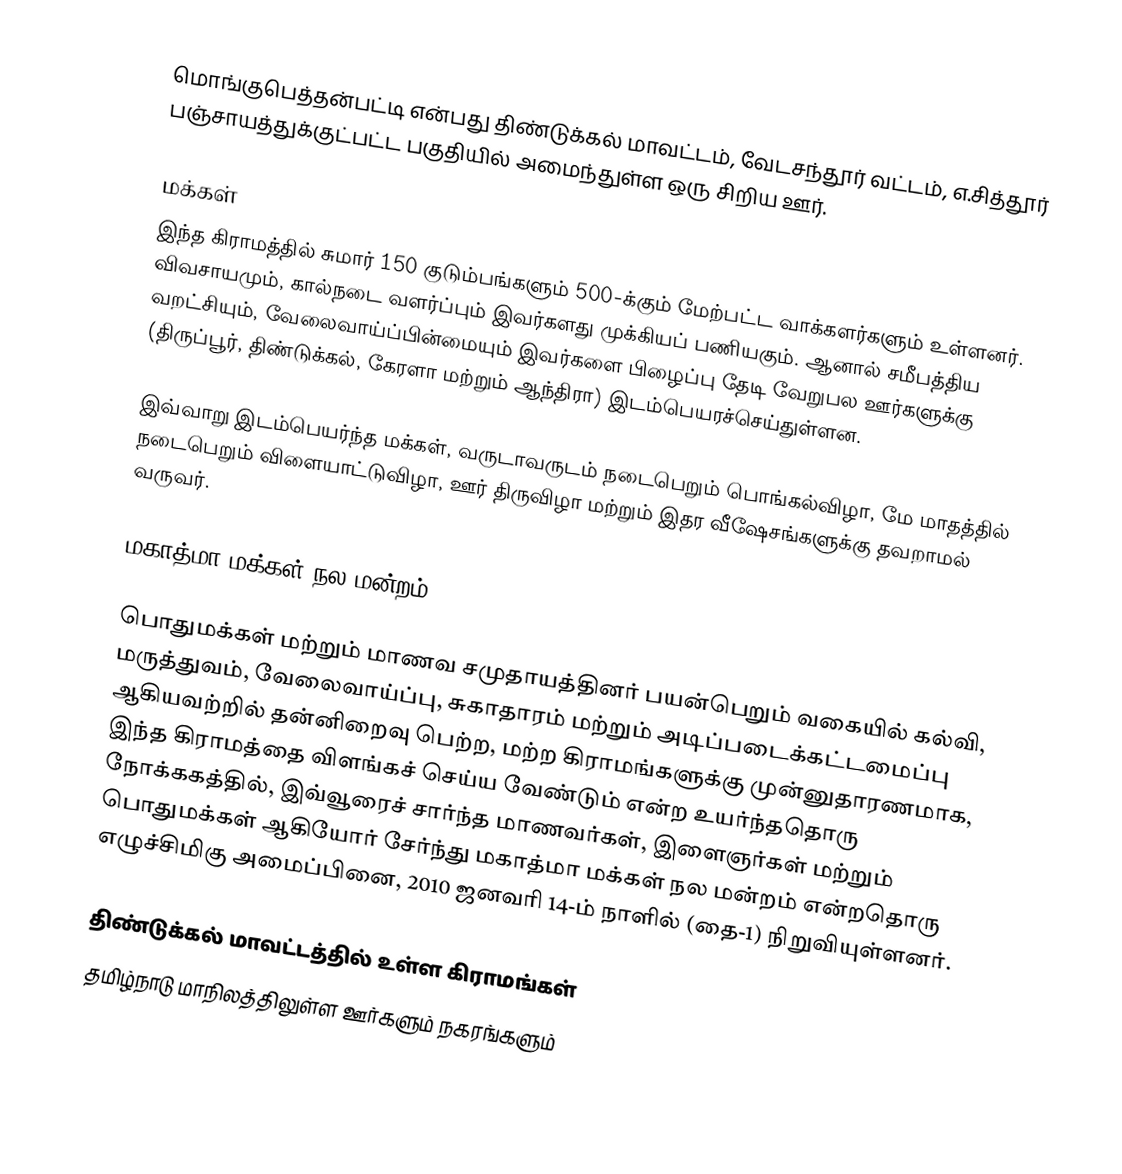
மொங்குபெத்தன்பட்டி என்பது திண்டுக்கல் மாவட்டம், வேடசந்தூர் வட்டம், எ.சித்தூர் பஞ்சாயத்துக்குட்பட்ட பகுதியில் அமைந்துள்ள ஒரு சிறிய ஊர்.

மக்கள்
இந்த கிராமத்தில் சுமார் 150 குடும்பங்களும் 500-க்கும் மேற்பட்ட வாக்களர்களும் உள்ளனர். விவசாயமும், கால்நடை வளர்ப்பும் இவர்களது முக்கியப் பணியகும். ஆனால் சமீபத்திய வறட்சியும், வேலைவாய்ப்பின்மையும் இவர்களை பிழைப்பு தேடி வேறுபல ஊர்களுக்கு (திருப்பூர், திண்டுக்கல், கேரளா மற்றும் ஆந்திரா) இடம்பெயரச்செய்துள்ளன.

இவ்வாறு இடம்பெயர்ந்த மக்கள், வருடாவருடம் நடைபெறும் பொங்கல்விழா, மே மாதத்தில் நடைபெறும் விளையாட்டுவிழா, ஊர் திருவிழா மற்றும் இதர வீஷேசங்களுக்கு தவறாமல் வருவர்.

மகாத்மா மக்கள் நல மன்றம்

பொதுமக்கள் மற்றும் மாணவ சமுதாயத்தினர் பயன்பெறும் வகையில் கல்வி, மருத்துவம், வேலைவாய்ப்பு, சுகாதாரம் மற்றும் அடிப்படைக்கட்டமைப்பு ஆகியவற்றில் தன்னிறைவு பெற்ற, மற்ற கிராமங்களுக்கு முன்னுதாரணமாக, இந்த கிராமத்தை விளங்கச் செய்ய வேண்டும் என்ற உயர்ந்ததொரு நோக்ககத்தில், இவ்வூரைச் சார்ந்த மாணவர்கள், இளைஞர்கள் மற்றும் பொதுமக்கள் ஆகியோர் சேர்ந்து மகாத்மா மக்கள் நல மன்றம் என்றதொரு எழுச்சிமிகு அமைப்பினை, 2010 ஜனவரி 14-ம் நாளில் (தை-1) நிறுவியுள்ளனர்.

திண்டுக்கல் மாவட்டத்தில் உள்ள கிராமங்கள்
தமிழ்நாடு மாநிலத்திலுள்ள ஊர்களும் நகரங்களும்